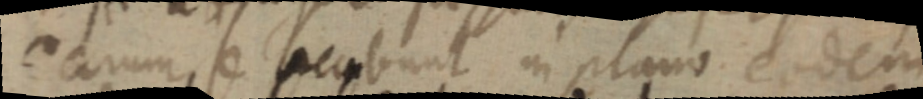
earum, se secubunt in plano eodem